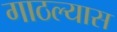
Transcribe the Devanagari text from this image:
गाठल्यास